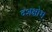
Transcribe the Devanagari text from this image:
दशक्षोभ